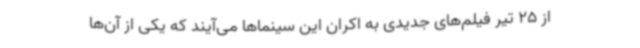
از 25 تیر فیلم‌های جدیدی به اکران این سینماها می‌آیند که یکی از آن‌ها